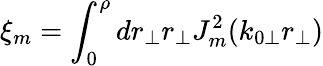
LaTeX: \xi_{m}=\int_{0}^{\rho}dr_{\perp}r_{\perp}J_{m}^{2}(k_{0\perp}r_{\perp})